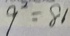
9 ^ { 2 } = 8 1